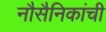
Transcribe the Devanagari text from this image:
नौसैनिकांची